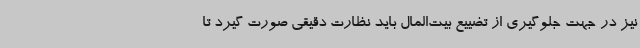
نیز در جهت جلوگیری از تضییع بیت‌المال باید نظارت دقیقی صورت گیرد تا